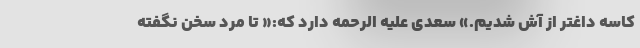
کاسه داغتر از آش شدیم.» سعدی علیه الرحمه دارد که:« تا مرد سخن نگفته